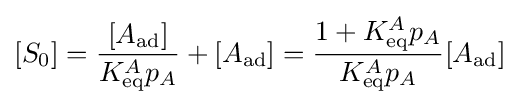
[S_{0}]={\frac {[A_{\text{ad}}]}{K_{\text{eq}}^{A}p_{A}}}+[A_{\text{ad}}]={\frac {1+K_{\text{eq}}^{A}p_{A}}{K_{\text{eq}}^{A}p_{A}}}[A_{\text{ad}}]